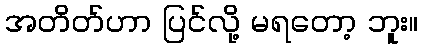
အတိတ်ဟာ ပြင်လို့ မရတော့ ဘူး။